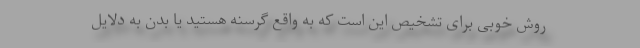
روش خوبی برای تشخیص این است که به واقع گرسنه هستید یا بدن به دلایل